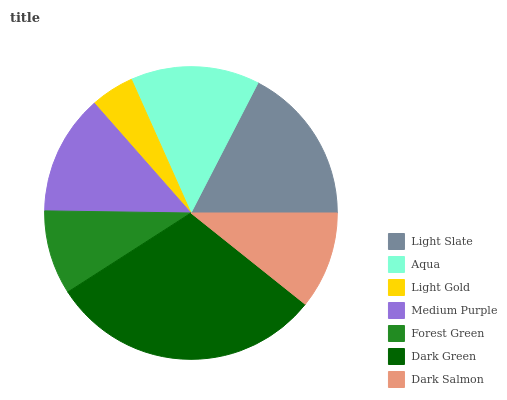
| Light Slate | Aqua | Light Gold | Medium Purple | Forest Green | Dark Green | Dark Salmon |
 | --- | --- | --- | --- | --- | --- | --- |
 | 17.5% | 14.2% | 4.8% | 13.3% | 9.3% | 30.2% | 10.7% |